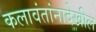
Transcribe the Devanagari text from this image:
कलावंतांनादेखील